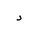
Letter: _dal